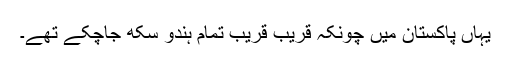
یہاں پاکستان میں چُونکہ قریب قریب تمام ہندو سکھ جاچکے تھے۔